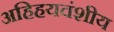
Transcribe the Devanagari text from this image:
अहिहयवंशीय